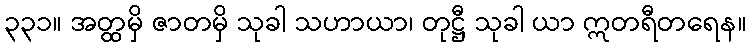
၃၃၁။ အတ္ထမှိ ဇာတမှိ သုခါ သဟာယာ၊ တုဋ္ဌီ သုခါ ယာ ဣတရီတရေန။